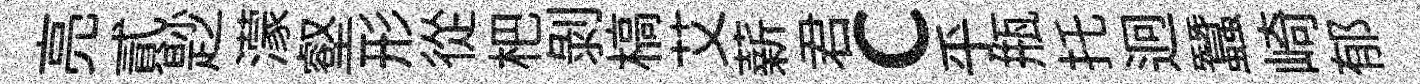
亮貳尟濛壑形從杷剝槁艾薪君c乎瓶托迥蠶崎郁